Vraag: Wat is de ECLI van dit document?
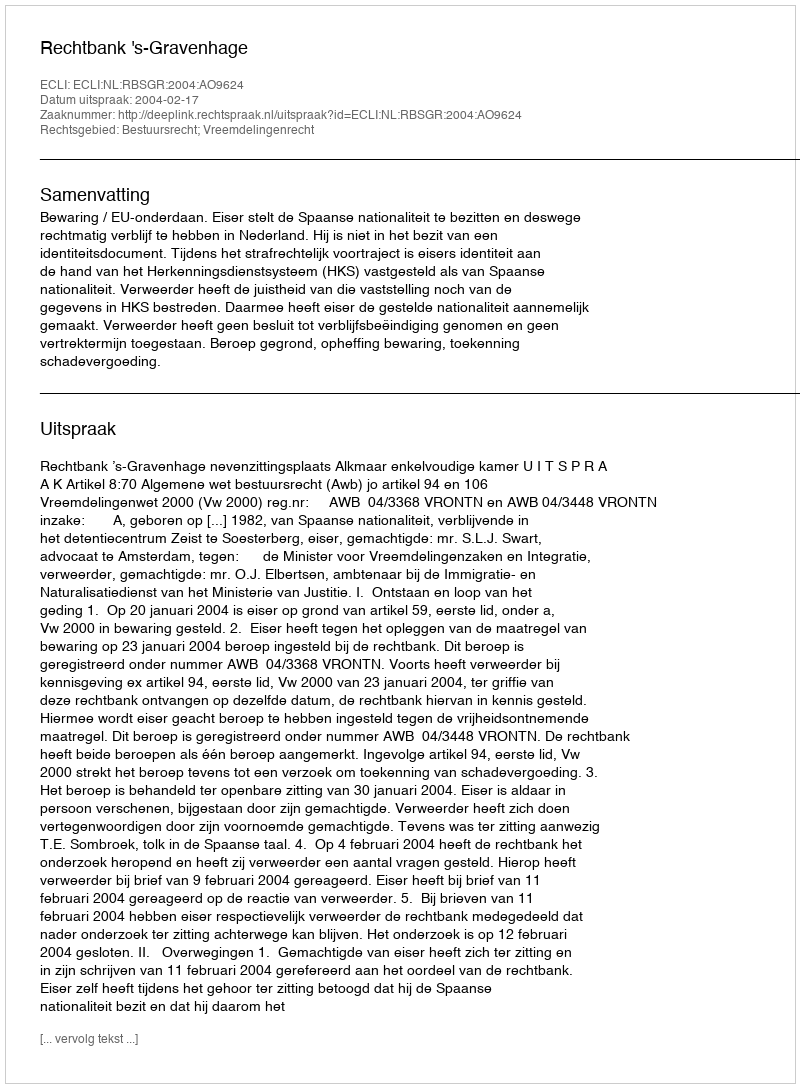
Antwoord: ECLI:NL:RBSGR:2004:AO9624